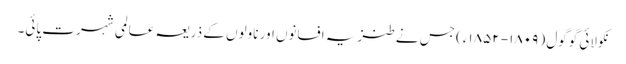
نکولائی گوگول ( ۱۸۰۹- ۱۸۵۲ء) جس نے طنزیہ افسانوں اور ناولوں کے ذریعہ عالمی شہرت پائی۔